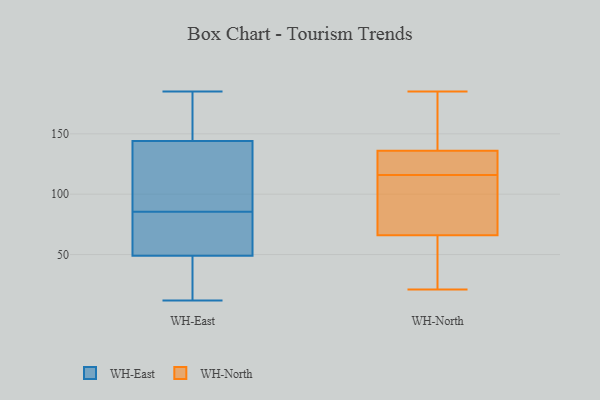
{"axis": {"x": "Budget (USD K)", "y": "Value"}, "legend": ["WH-East", "WH-North"], "data": [{"x": "", "y": 62, "type": "WH-East"}, {"x": "", "y": 22, "type": "WH-East"}, {"x": "", "y": 129, "type": "WH-East"}, {"x": "", "y": 106, "type": "WH-East"}, {"x": "", "y": 185, "type": "WH-East"}, {"x": "", "y": 38, "type": "WH-East"}, {"x": "", "y": 71, "type": "WH-East"}, {"x": "", "y": 135, "type": "WH-East"}, {"x": "", "y": 153, "type": "WH-East"}, {"x": "", "y": 48, "type": "WH-East"}, {"x": "", "y": 184, "type": "WH-East"}, {"x": "", "y": 164, "type": "WH-East"}, {"x": "", "y": 81, "type": "WH-East"}, {"x": "", "y": 12, "type": "WH-East"}, {"x": "", "y": 50, "type": "WH-East"}, {"x": "", "y": 90, "type": "WH-East"}, {"x": "", "y": 138, "type": "WH-North"}, {"x": "", "y": 118, "type": "WH-North"}, {"x": "", "y": 137, "type": "WH-North"}, {"x": "", "y": 133, "type": "WH-North"}, {"x": "", "y": 114, "type": "WH-North"}, {"x": "", "y": 136, "type": "WH-North"}, {"x": "", "y": 66, "type": "WH-North"}, {"x": "", "y": 136, "type": "WH-North"}, {"x": "", "y": 112, "type": "WH-North"}, {"x": "", "y": 104, "type": "WH-North"}, {"x": "", "y": 58, "type": "WH-North"}, {"x": "", "y": 22, "type": "WH-North"}, {"x": "", "y": 21, "type": "WH-North"}, {"x": "", "y": 185, "type": "WH-North"}]}